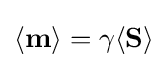
\langle \mathbf {m} \rangle =\gamma \langle \mathbf {S} \rangle